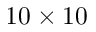
1 0 \times 1 0